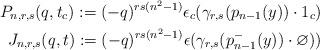
LaTeX: \begin{align*} P_{n,r,s}(q,t_c) := (-q)^{rs(n^2-1)}\epsilon_c(\gamma_{r,s}(p_{n-1}(y))\cdot 1_c)\\ J_{n,r,s}(q,t) := (-q)^{rs(n^2-1)}\epsilon(\gamma_{r,s}(p^-_{n-1}(y))\cdot \varnothing))\end{align*}